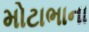
મોટાભાના